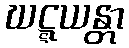
ဃဋ္ဋယန္တာ